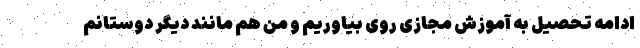
ادامه تحصیل به آموزش مجازی روی بیاوریم و من هم مانند دیگر دوستانم